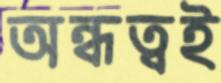
অন্ধত্বই